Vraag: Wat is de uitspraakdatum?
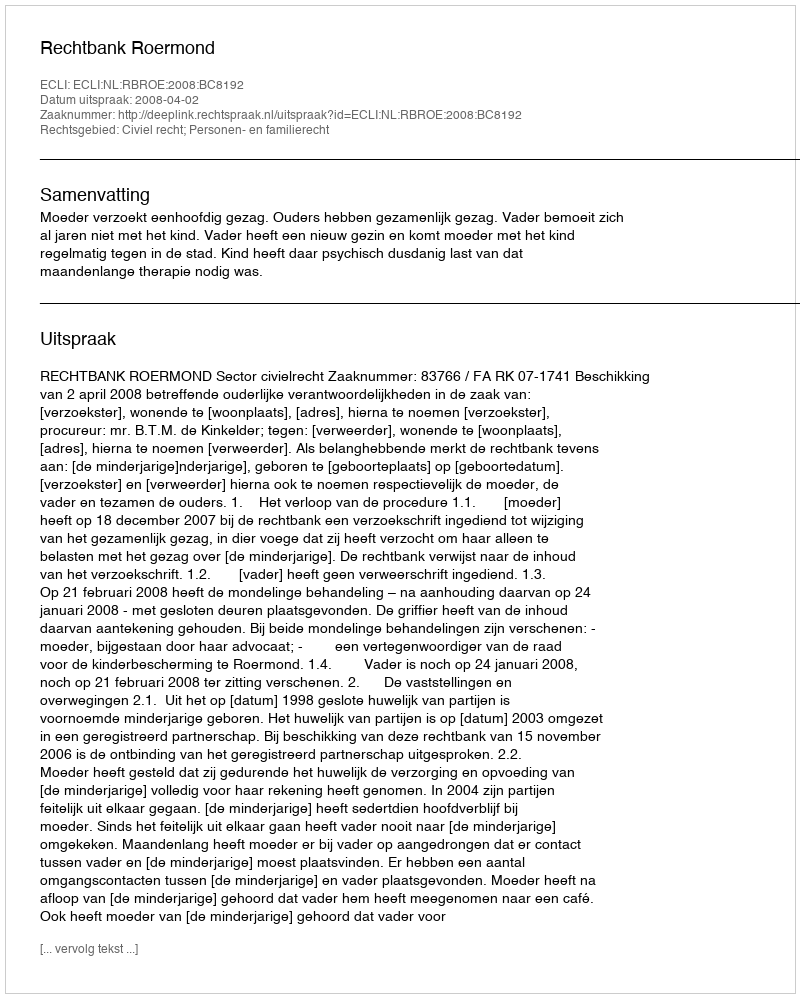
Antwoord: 2008-04-02